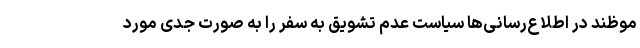
موظند در اطلاع‌رسانی‌ها سیاست عدم تشویق به سفر را به صورت جدی مورد